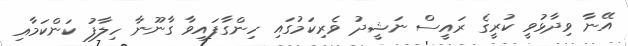
އޭނާ ވިދާޅުވީ ކުރީގެ ރައީސް ނަޝީދު ވެރިކަމުގައި ހިންގާފައިވާ ގާނޫނާ ހިލާފު ކަންކަމާއި